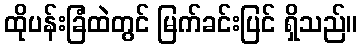
ထိုပန်းခြံထဲတွင် မြက်ခင်းပြင် ရှိသည်။